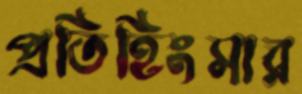
প্রতিহিংসার